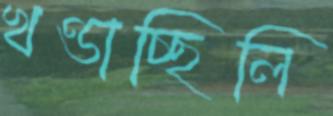
খণ্ডাচ্ছিলি